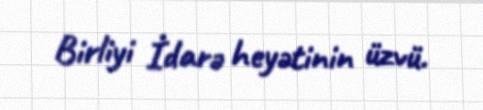
Birliyi İdarə heyətinin üzvü.